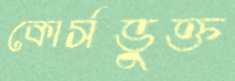
কোর্সভুক্ত